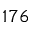
1 7 6